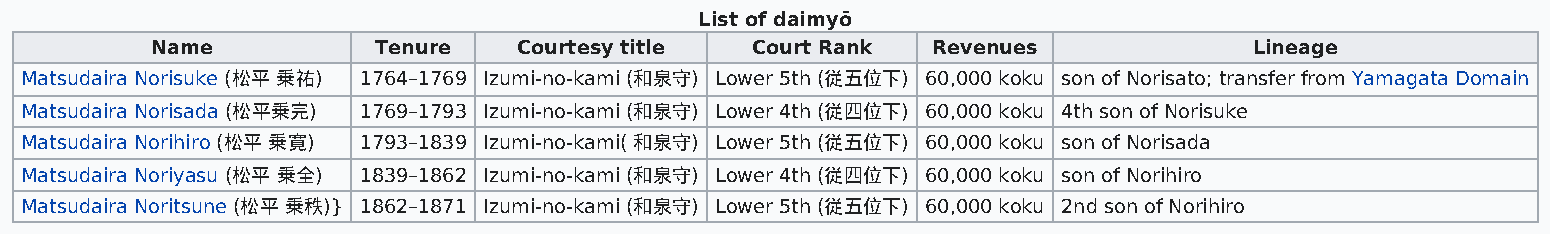
List of daimyō
 Name           Tenure   Courtesy title  Court Rank  Revenues             Lineage
 Matsudaira Norisuke (松平 乗祐) 1764–1769 Izumi-no-kami (和泉守) Lower 5th (従五位下) 60,000 koku son of Norisato; transfer from Yamagata Domain
 Matsudaira Norisada (松平乗完) 1769–1793 Izumi-no-kami (和泉守) Lower 4th (従四位下) 60,000 koku 4th son of Norisuke
 Matsudaira Norihiro (松平 乗寛) 1793–1839 Izumi-no-kami( 和泉守) Lower 5th (従五位下) 60,000 koku son of Norisada
 Matsudaira Noriyasu (松平 乗全) 1839–1862 Izumi-no-kami (和泉守) Lower 4th (従四位下) 60,000 koku son of Norihiro
 Matsudaira Noritsune (松平 乗秩)} 1862–1871 Izumi-no-kami (和泉守) Lower 5th (従五位下) 60,000 koku 2nd son of Norihiro